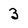
Character: 3